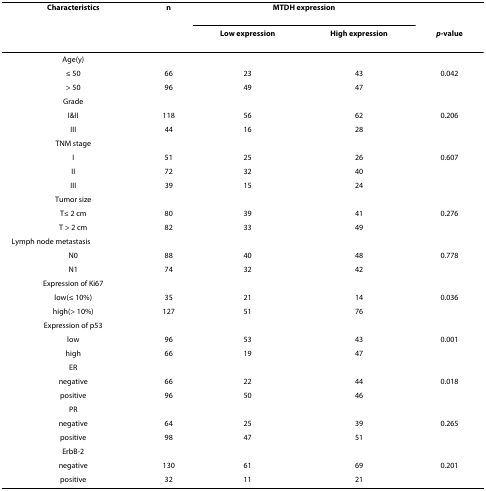
<table><thead><tr><td><b>Characteristics</b></td><td><b>n</b></td><td colspan="2"><b>MTDH expression</b></td><td>[EMPTY_CELL]</td></tr><tr><td>[EMPTY_CELL]</td><td>[EMPTY_CELL]</td><td><b>Low expression</b></td><td><b>High expression</b></td><td><b><i>p</i>-value</b></td></tr></thead><tbody><tr><td>Age(y)</td><td>[EMPTY_CELL]</td><td>[EMPTY_CELL]</td><td>[EMPTY_CELL]</td><td>[EMPTY_CELL]</td></tr><tr><td>≤ 50</td><td>66</td><td>23</td><td>43</td><td>0.042</td></tr><tr><td>&gt; 50</td><td>96</td><td>49</td><td>47</td><td>[EMPTY_CELL]</td></tr><tr><td>Grade</td><td>[EMPTY_CELL]</td><td>[EMPTY_CELL]</td><td>[EMPTY_CELL]</td><td>[EMPTY_CELL]</td></tr><tr><td>I&amp;II</td><td>118</td><td>56</td><td>62</td><td>0.206</td></tr><tr><td>III</td><td>44</td><td>16</td><td>28</td><td>[EMPTY_CELL]</td></tr><tr><td>TNM stage</td><td>[EMPTY_CELL]</td><td>[EMPTY_CELL]</td><td>[EMPTY_CELL]</td><td>[EMPTY_CELL]</td></tr><tr><td>I</td><td>51</td><td>25</td><td>26</td><td>0.607</td></tr><tr><td>II</td><td>72</td><td>32</td><td>40</td><td>[EMPTY_CELL]</td></tr><tr><td>III</td><td>39</td><td>15</td><td>24</td><td>[EMPTY_CELL]</td></tr><tr><td>Tumor size</td><td>[EMPTY_CELL]</td><td>[EMPTY_CELL]</td><td>[EMPTY_CELL]</td><td>[EMPTY_CELL]</td></tr><tr><td>T≤ 2 cm</td><td>80</td><td>39</td><td>41</td><td>0.276</td></tr><tr><td>T &gt; 2 cm</td><td>82</td><td>33</td><td>49</td><td>[EMPTY_CELL]</td></tr><tr><td>Lymph node metastasis</td><td>[EMPTY_CELL]</td><td>[EMPTY_CELL]</td><td>[EMPTY_CELL]</td><td>[EMPTY_CELL]</td></tr><tr><td>N0</td><td>88</td><td>40</td><td>48</td><td>0.778</td></tr><tr><td>N1</td><td>74</td><td>32</td><td>42</td><td>[EMPTY_CELL]</td></tr><tr><td>Expression of Ki67</td><td>[EMPTY_CELL]</td><td>[EMPTY_CELL]</td><td>[EMPTY_CELL]</td><td>[EMPTY_CELL]</td></tr><tr><td>low(≤ 10%)</td><td>35</td><td>21</td><td>14</td><td>0.036</td></tr><tr><td>high(&gt; 10%)</td><td>127</td><td>51</td><td>76</td><td>[EMPTY_CELL]</td></tr><tr><td>Expression of p53</td><td>[EMPTY_CELL]</td><td>[EMPTY_CELL]</td><td>[EMPTY_CELL]</td><td>[EMPTY_CELL]</td></tr><tr><td>low</td><td>96</td><td>53</td><td>43</td><td>0.001</td></tr><tr><td>high</td><td>66</td><td>19</td><td>47</td><td>[EMPTY_CELL]</td></tr><tr><td>ER</td><td>[EMPTY_CELL]</td><td>[EMPTY_CELL]</td><td>[EMPTY_CELL]</td><td>[EMPTY_CELL]</td></tr><tr><td>negative</td><td>66</td><td>22</td><td>44</td><td>0.018</td></tr><tr><td>positive</td><td>96</td><td>50</td><td>46</td><td>[EMPTY_CELL]</td></tr><tr><td>PR</td><td>[EMPTY_CELL]</td><td>[EMPTY_CELL]</td><td>[EMPTY_CELL]</td><td>[EMPTY_CELL]</td></tr><tr><td>negative</td><td>64</td><td>25</td><td>39</td><td>0.265</td></tr><tr><td>positive</td><td>98</td><td>47</td><td>51</td><td>[EMPTY_CELL]</td></tr><tr><td>ErbB-2</td><td>[EMPTY_CELL]</td><td>[EMPTY_CELL]</td><td>[EMPTY_CELL]</td><td>[EMPTY_CELL]</td></tr><tr><td>negative</td><td>130</td><td>61</td><td>69</td><td>0.201</td></tr><tr><td>positive</td><td>32</td><td>11</td><td>21</td><td>[EMPTY_CELL]</td></tr></tbody></table>